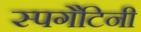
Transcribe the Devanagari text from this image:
स्पगैटिनी